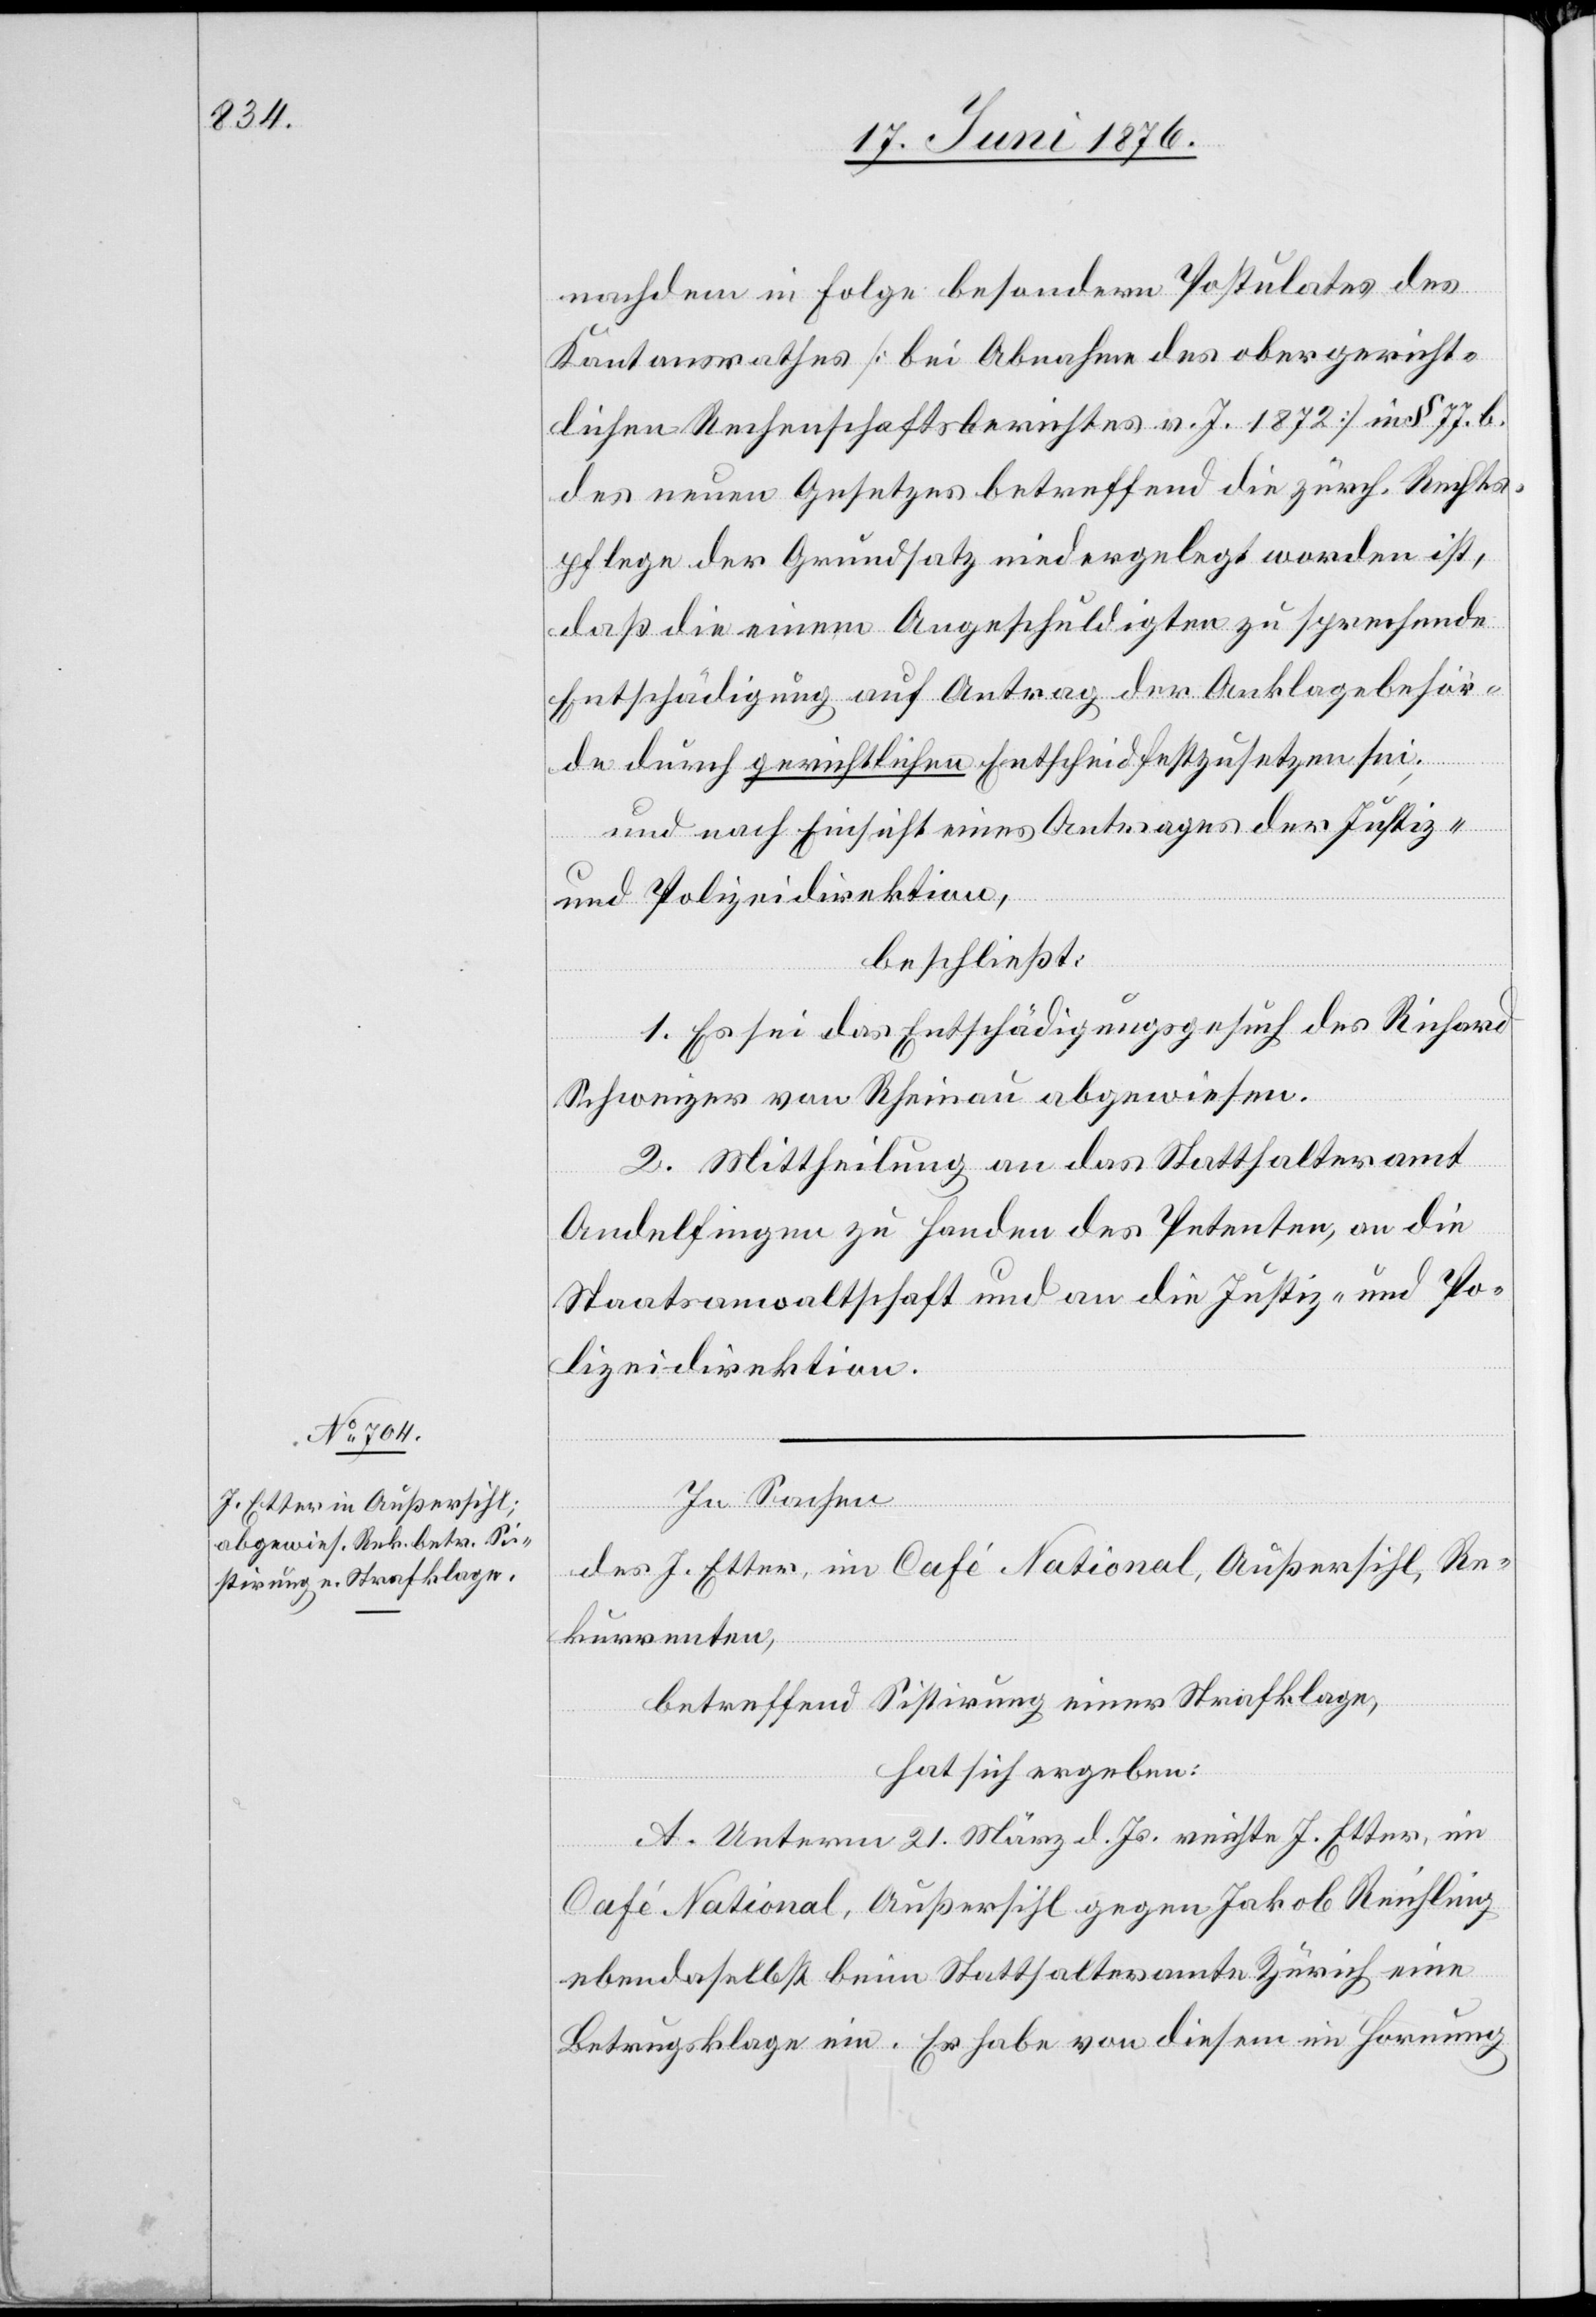
nachdem in Folge besondern Postulates des
Kantonsrathes [bei Abnahme des obergericht¬
lichen Rechenschaftsberichtes v. J. 1872] in § 77 b.
des neuen Gesetzes betreffend die zürch. Rechts¬
pflege der Grundsatz niedergelegt worden ist,
daß die einem Angeschuldigten zu sprechende
Entschädigung auf Antrag der Anklagebehör¬
de durch gerichtlichen Entscheid festzusetzen sei;
und nach Einsicht eines Antrages der Justiz-
und Polizeidirektion,
beschließt:
1. Es sei das Entschädigungsgesuch des Richard
Schweizer von Rheinau abgewiesen.
2. Mittheilung an das Statthalteramt
Andelfingen zu Handen des Petenten, an die
Staatsanwaltschaft und an die Justiz- und Po¬
lizeidirektion.
In Sachen
des J. Etter, im Café National, Außersihl, Re¬
kurrenten,
betreffend Sistirung einer Strafklage,
hat sich ergeben:
A. Unterm 21. März d. Js. reichte J. Etter, im
Café National, Außersihl gegen Jakob Reichling
ebendaselbst beim Statthalteramte Zürich eine
Betrugsklage ein. Er habe von diesem im Hornung